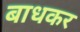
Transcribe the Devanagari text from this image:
बाधकर